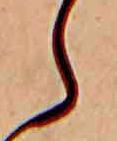
ら